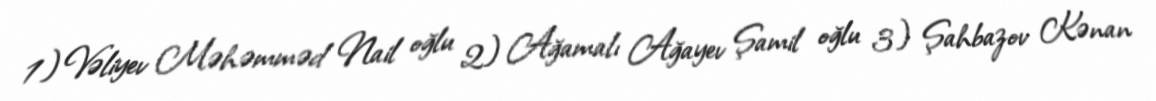
1) Vəliyev Məhəmməd Nail oğlu 2) Ağamalı Ağayev Şamil oğlu 3) Şahbazov Kənan